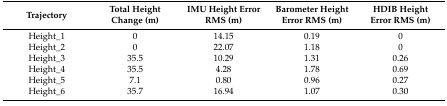
<table><thead><tr><td><b>Trajectory</b></td><td><b>Total Height Change (m)</b></td><td><b>IMU Height Error RMS (m)</b></td><td><b>Barometer Height Error RMS (m)</b></td><td><b>HDIB Height Error RMS (m)</b></td></tr></thead><tbody><tr><td>Height_1</td><td>0</td><td>14.15</td><td>0.19</td><td>0</td></tr><tr><td>Height_2</td><td>0</td><td>22.07</td><td>1.18</td><td>0</td></tr><tr><td>Height_3</td><td>35.5</td><td>10.29</td><td>1.31</td><td>0.26</td></tr><tr><td>Height_4</td><td>35.5</td><td>4.28</td><td>1.78</td><td>0.69</td></tr><tr><td>Height_5</td><td>7.1</td><td>0.80</td><td>0.96</td><td>0.27</td></tr><tr><td>Height_6</td><td>35.7</td><td>16.94</td><td>1.07</td><td>0.30</td></tr></tbody></table>